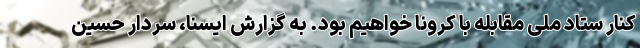
کنار ستاد ملی مقابله با کرونا خواهیم بود. به گزارش ایسنا، سردار حسین